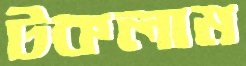
টকলাম